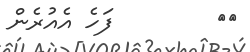
٦٤        ފަހެ އެއުރެން